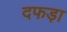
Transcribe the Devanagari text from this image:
दफड़ा